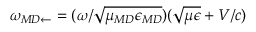
\omega _ { { \/ { M D } } \leftarrow } = ( \omega / \sqrt { \mu _ { \/ { M D } } \epsilon _ { \/ { M D } } } ) ( \sqrt { \mu \epsilon } + V / c )